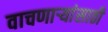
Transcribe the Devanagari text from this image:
वाचणाऱ्यांसाठी